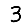
Digit: 3